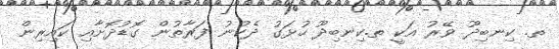
ތ. ކިނބިދޫ ވޭރު އަކީ ތ.ކިނބިދޫ ހުޅަގު ދެކުނު ފަރާތުން ގޮޑުދޮށާއި ކައިރިން